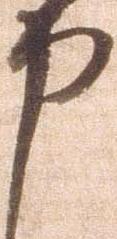
申